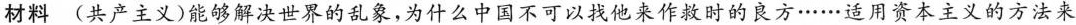
材料(共产主义)能够解决世界的乱象，为什么中国不可以找他来作救时的良方……适用资本主义的方法来